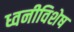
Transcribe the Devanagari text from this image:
ध्वनीविशेष